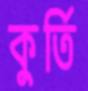
কুর্তি